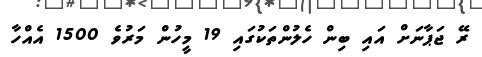
ރޭ ޖަޕާނަށް އައި ބިން ހެލުންތަކުގައި 19 މީހުން މަރުވެ 1500 އެއްހާ